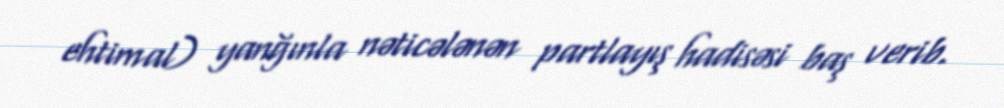
ehtimal) yanğınla nəticələnən partlayış hadisəsi baş verib.